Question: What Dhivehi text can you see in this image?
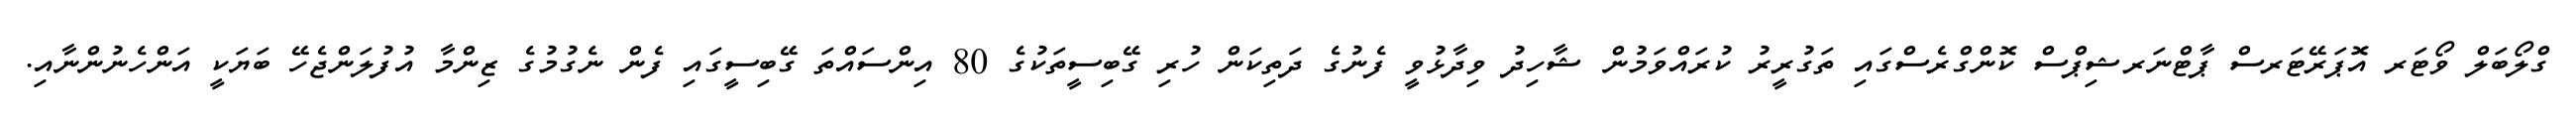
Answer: ގްލޯބަލް ވޯޓަރ އޮޕަރޭޓަރސް ޕާޓްނަރޝިޕްސް ކޮންގްރެސްގައި ތަގުރީރު ކުރައްވަމުން ޝާހިދު ވިދާޅުވީ ފެނުގެ ދަތިކަން ހުރި ގޭބިސީތަކުގެ 80 އިންސައްތަ ގޭބިސީގައި ފެން ނެގުމުގެ ޒިންމާ އުފުލަންޖެހޭ ބަޔަކީ އަންހެނުންނާއި.